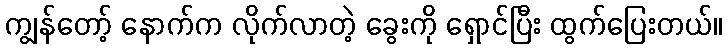
ကျွန်တော့် နောက်က လိုက်လာတဲ့ ခွေးကို ရှောင်ပြီး ထွက်ပြေးတယ်။